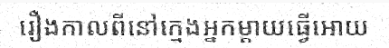
រឿងកាលពីនៅក្មេងអ្នកម្តាយធ្វើអោយ